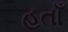
હતાઁ